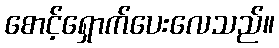
စောင့်ရှောက်ပေးလေသည်။